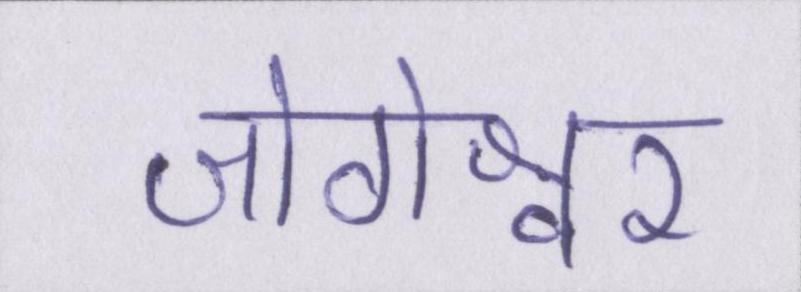
जोगेश्वर